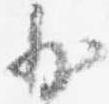
少